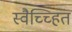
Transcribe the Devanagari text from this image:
स्वैच्च्हित